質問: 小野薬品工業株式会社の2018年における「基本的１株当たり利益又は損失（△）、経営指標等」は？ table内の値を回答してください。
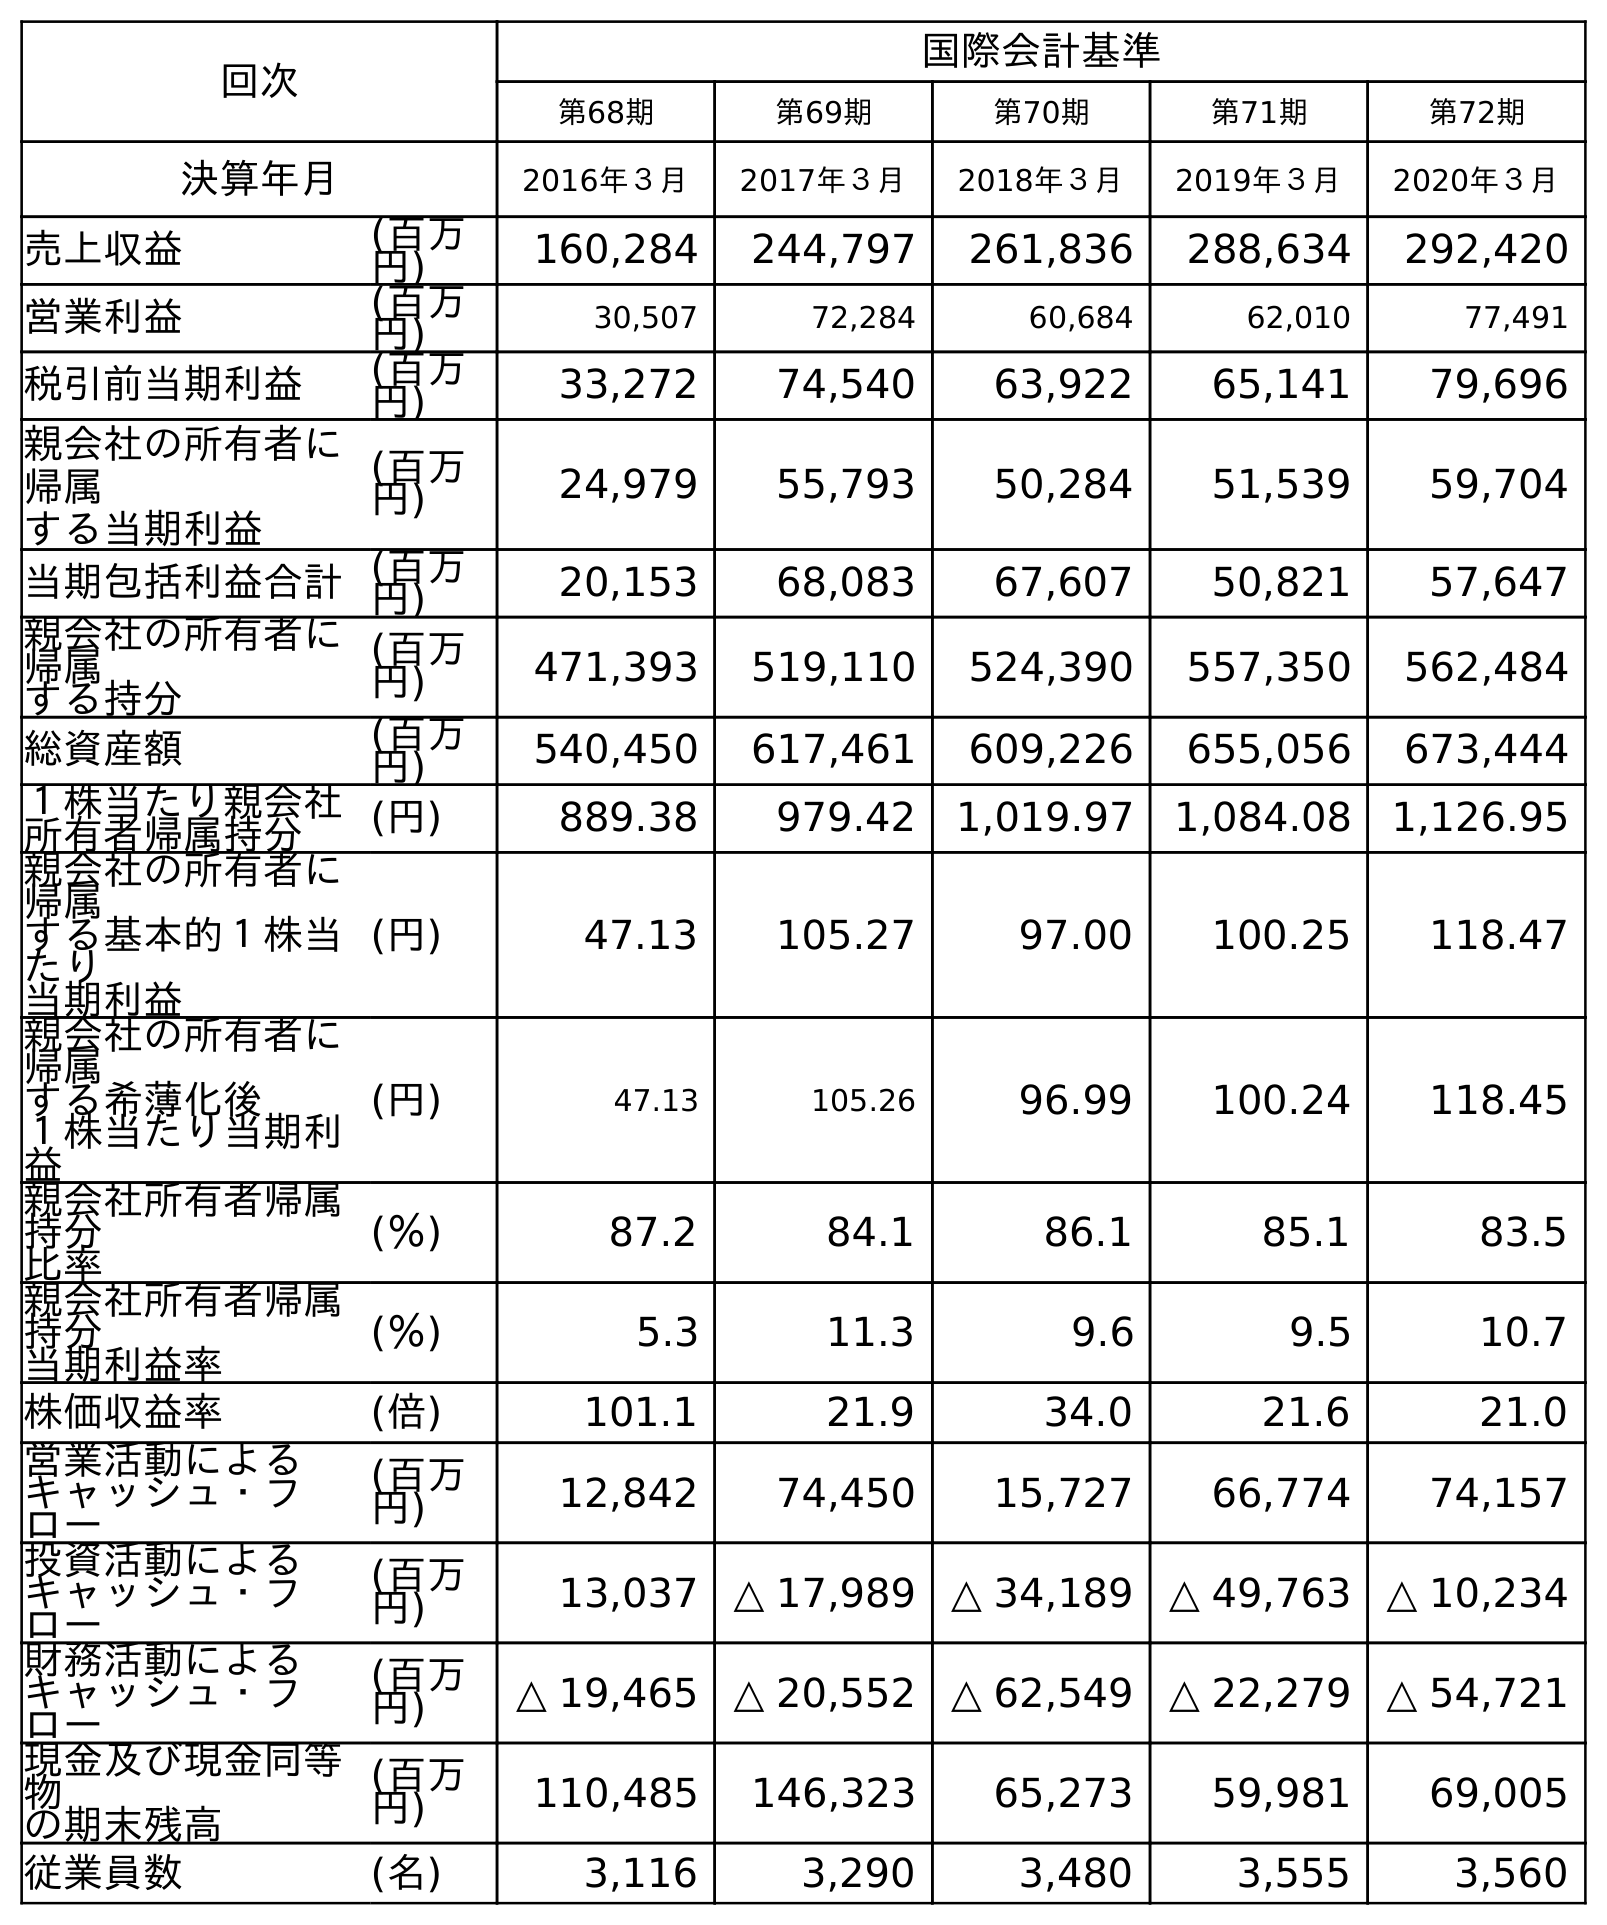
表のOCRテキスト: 回次 国際会計基準 第68期 第69期 第70期 第71期 第72期 決算年月 2016年３月 2017年３月 2018年３月 2019年３月 2020年３月 売上収益 (百万 円) 160,284 244,797 261,836 288,634 292,420 営業利益 (百万 円) 30,507 72,284 60,684 62,010 77,491 税引前当期利益 (百万 円) 33,272 74,540 63,922 65,141 79,696 親会社の所有者に 帰属 する当期利益 (百万 円) 24,979 55,793 50,284 51,539 59,704 当期包括利益合計(百万 円) 20,153 68,083 67,607 50,821 57,647 親会社の所有者に 帰属 する持分 (百万 円) 471,393 519,110 524,390 557,350 562,484 総資産額 (百万 円) 540,450 617,461 609,226 655,056 673,444 １株当たり親会社 所有者帰属持分 (円) 889.38 979.42 1,019.97 1,084.08 1,126.95 親会社の所有者に 帰属 する基本的１株当 たり 当期利益 (円) 47.13 105.27 97.00 100.25 118.47 親会社の所有者に 帰属 する希薄化後 １株当たり当期利 益 (円) 47.13 105.26 96.99 100.24 118.45 親会社所有者帰属 持分 比率 (％) 87.2 84.1 86.1 85.1 83.5 親会社所有者帰属 持分 当期利益率 (％) 5.3 11.3 9.6 9.5 10.7 株価収益率 (倍) 101.1 21.9 34.0 21.6 21.0 営業活動による キャッシュ・フ ロー (百万 円) 12,842 74,450 15,727 66,774 74,157 投資活動による キャッシュ・フ ロー (百万 円) 13,037 △ 17,989 △ 34,189 △ 49,763 △ 10,234 財務活動による キャッシュ・フ ロー (百万 円) △ 19,465 △ 20,552 △ 62,549 △ 22,279 △ 54,721 現金及び現金同等 物 の期末残高 (百万 円) 110,485 146,323 65,273 59,981 69,005 従業員数 (名) 3,116 3,290 3,480 3,555 3,560
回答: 97.00